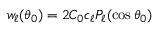
w _ { \ell } ( \theta _ { 0 } ) = 2 C _ { 0 } c _ { \ell } P _ { \ell } ( \cos \theta _ { 0 } )